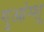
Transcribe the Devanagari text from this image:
गुआंग्शू